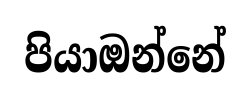
පියාඔන්නේ